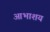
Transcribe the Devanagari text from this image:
आभाशय